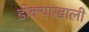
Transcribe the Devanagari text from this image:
डोक्याखाली